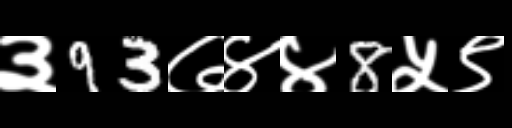
Text: ३93७४४8५९